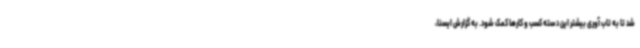
شد تا به تاب آوری بیشتر این دسته کسب و کارها کمک شود. به گزارش ایسنا،